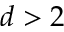
d > 2